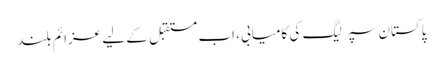
پاکستان سپر لیگ کی کامیابی، اب مستقبل کے لیے عزائم بلند